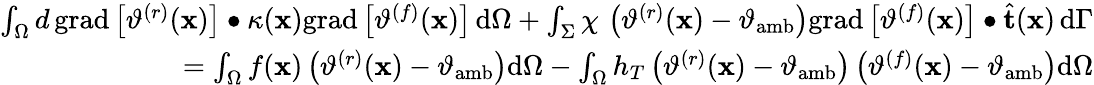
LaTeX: \begin{array}{r}{\int_{\Omega}d\, \mathrm{grad}\left[\vartheta^{(r)}(\mathbf{x})\right]\bullet\kappa(\mathbf{x})\mathrm{grad}\left[\vartheta^{(f)}(\mathbf{x})\right]\, \mathrm{d}\Omega+\int_{\Sigma}\chi\, \left(\vartheta^{(r)}(\mathbf{x})-\vartheta_{\mathrm{amb}}\right)\mathrm{grad}\left[\vartheta^{(f)}(\mathbf{x})\right]\bullet\widehat{\mathbf{t}}(\mathbf{x})\, \mathrm{d}\Gamma}\\ {=\int_{\Omega}f(\mathbf{x})\left(\vartheta^{(r)}(\mathbf{x})-\vartheta_{\mathrm{amb}}\right)\mathrm{d}\Omega-\int_{\Omega}h_{T}\left(\vartheta^{(r)}(\mathbf{x})-\vartheta_{\mathrm{amb}}\right)\left(\vartheta^{(f)}(\mathbf{x})-\vartheta_{\mathrm{amb}}\right)\mathrm{d}\Omega}\end{array}